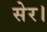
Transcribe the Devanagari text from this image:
सेर।